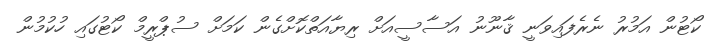
ކޯޓުން އަމުރު ނެރެފައިވަނީ ޤާނޫނު އަސާސީއަށް ރިޔާއަތްކޮށްގެން ކަމަށް ސުޕްރީމް ކޯޓުގައި ހުކުމުން